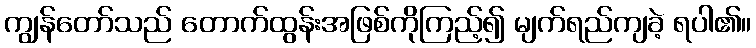
ကျွန်တော်သည် တောက်ထွန်းအဖြစ်ကိုကြည့်၍ မျက်ရည်ကျခဲ့ ရပါ၏။